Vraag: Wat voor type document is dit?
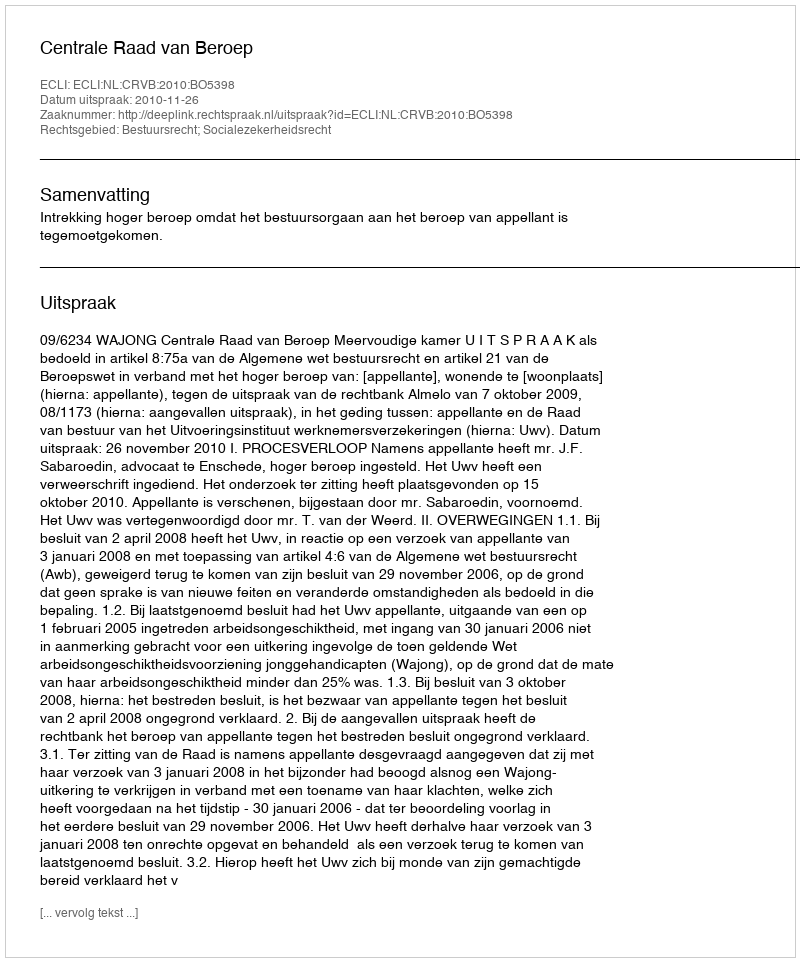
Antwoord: Uitspraak